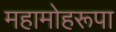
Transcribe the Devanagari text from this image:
महामोहरूपा